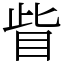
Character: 眥